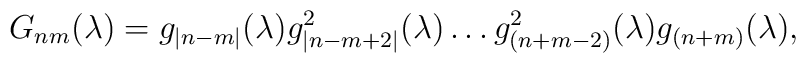
G_{nm}(\lambda)=g_{|n-m|}(\lambda)g_{|n-m+2|}^{2}(\lambda) \ldotsg_{(n+m-2)}^{2}(\lambda)g_{(n+m)}(\lambda)\\,